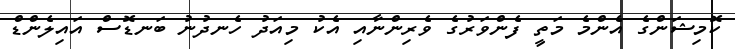
ކޮމިޝަންގެ އެންމެ މަތީ ފެންވަރުގެ ވެރިންނާއި އެކު މިއަދު ހެނދުނު ބަނޑޮސް އައިލެންޑް